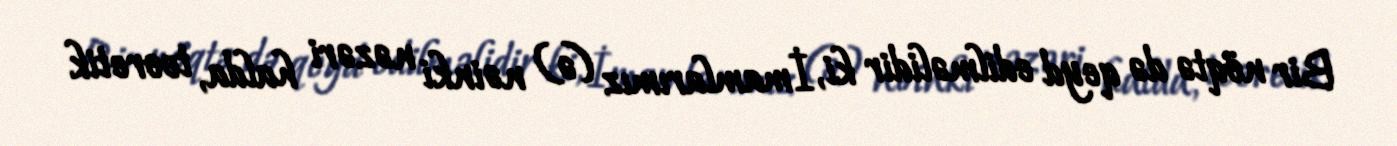
Bir nöqtə də qeyd edilməlidir ki, İmamlarımız (ə) nəinki nəzəri halda, teoretik